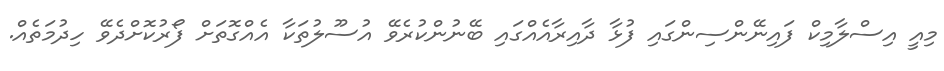
މިއީ އިސްލާމިކް ފައިނޭންސިންގައި ފުޅާ ދާއިރާއެއްގައި ބޭނުންކުރެވޭ އުސޫލުތަކާ އެއްގޮތަށް ފޯރުކޮށްދެވޭ ހިދުމަތެއް.